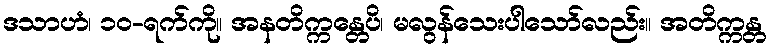
ဒသာဟံ၊ ၁၀-ရက်ကို။ အနတိက္ကန္တေပိ၊ မလွန်သေးပါသော်လည်း။ အတိက္ကန္တ